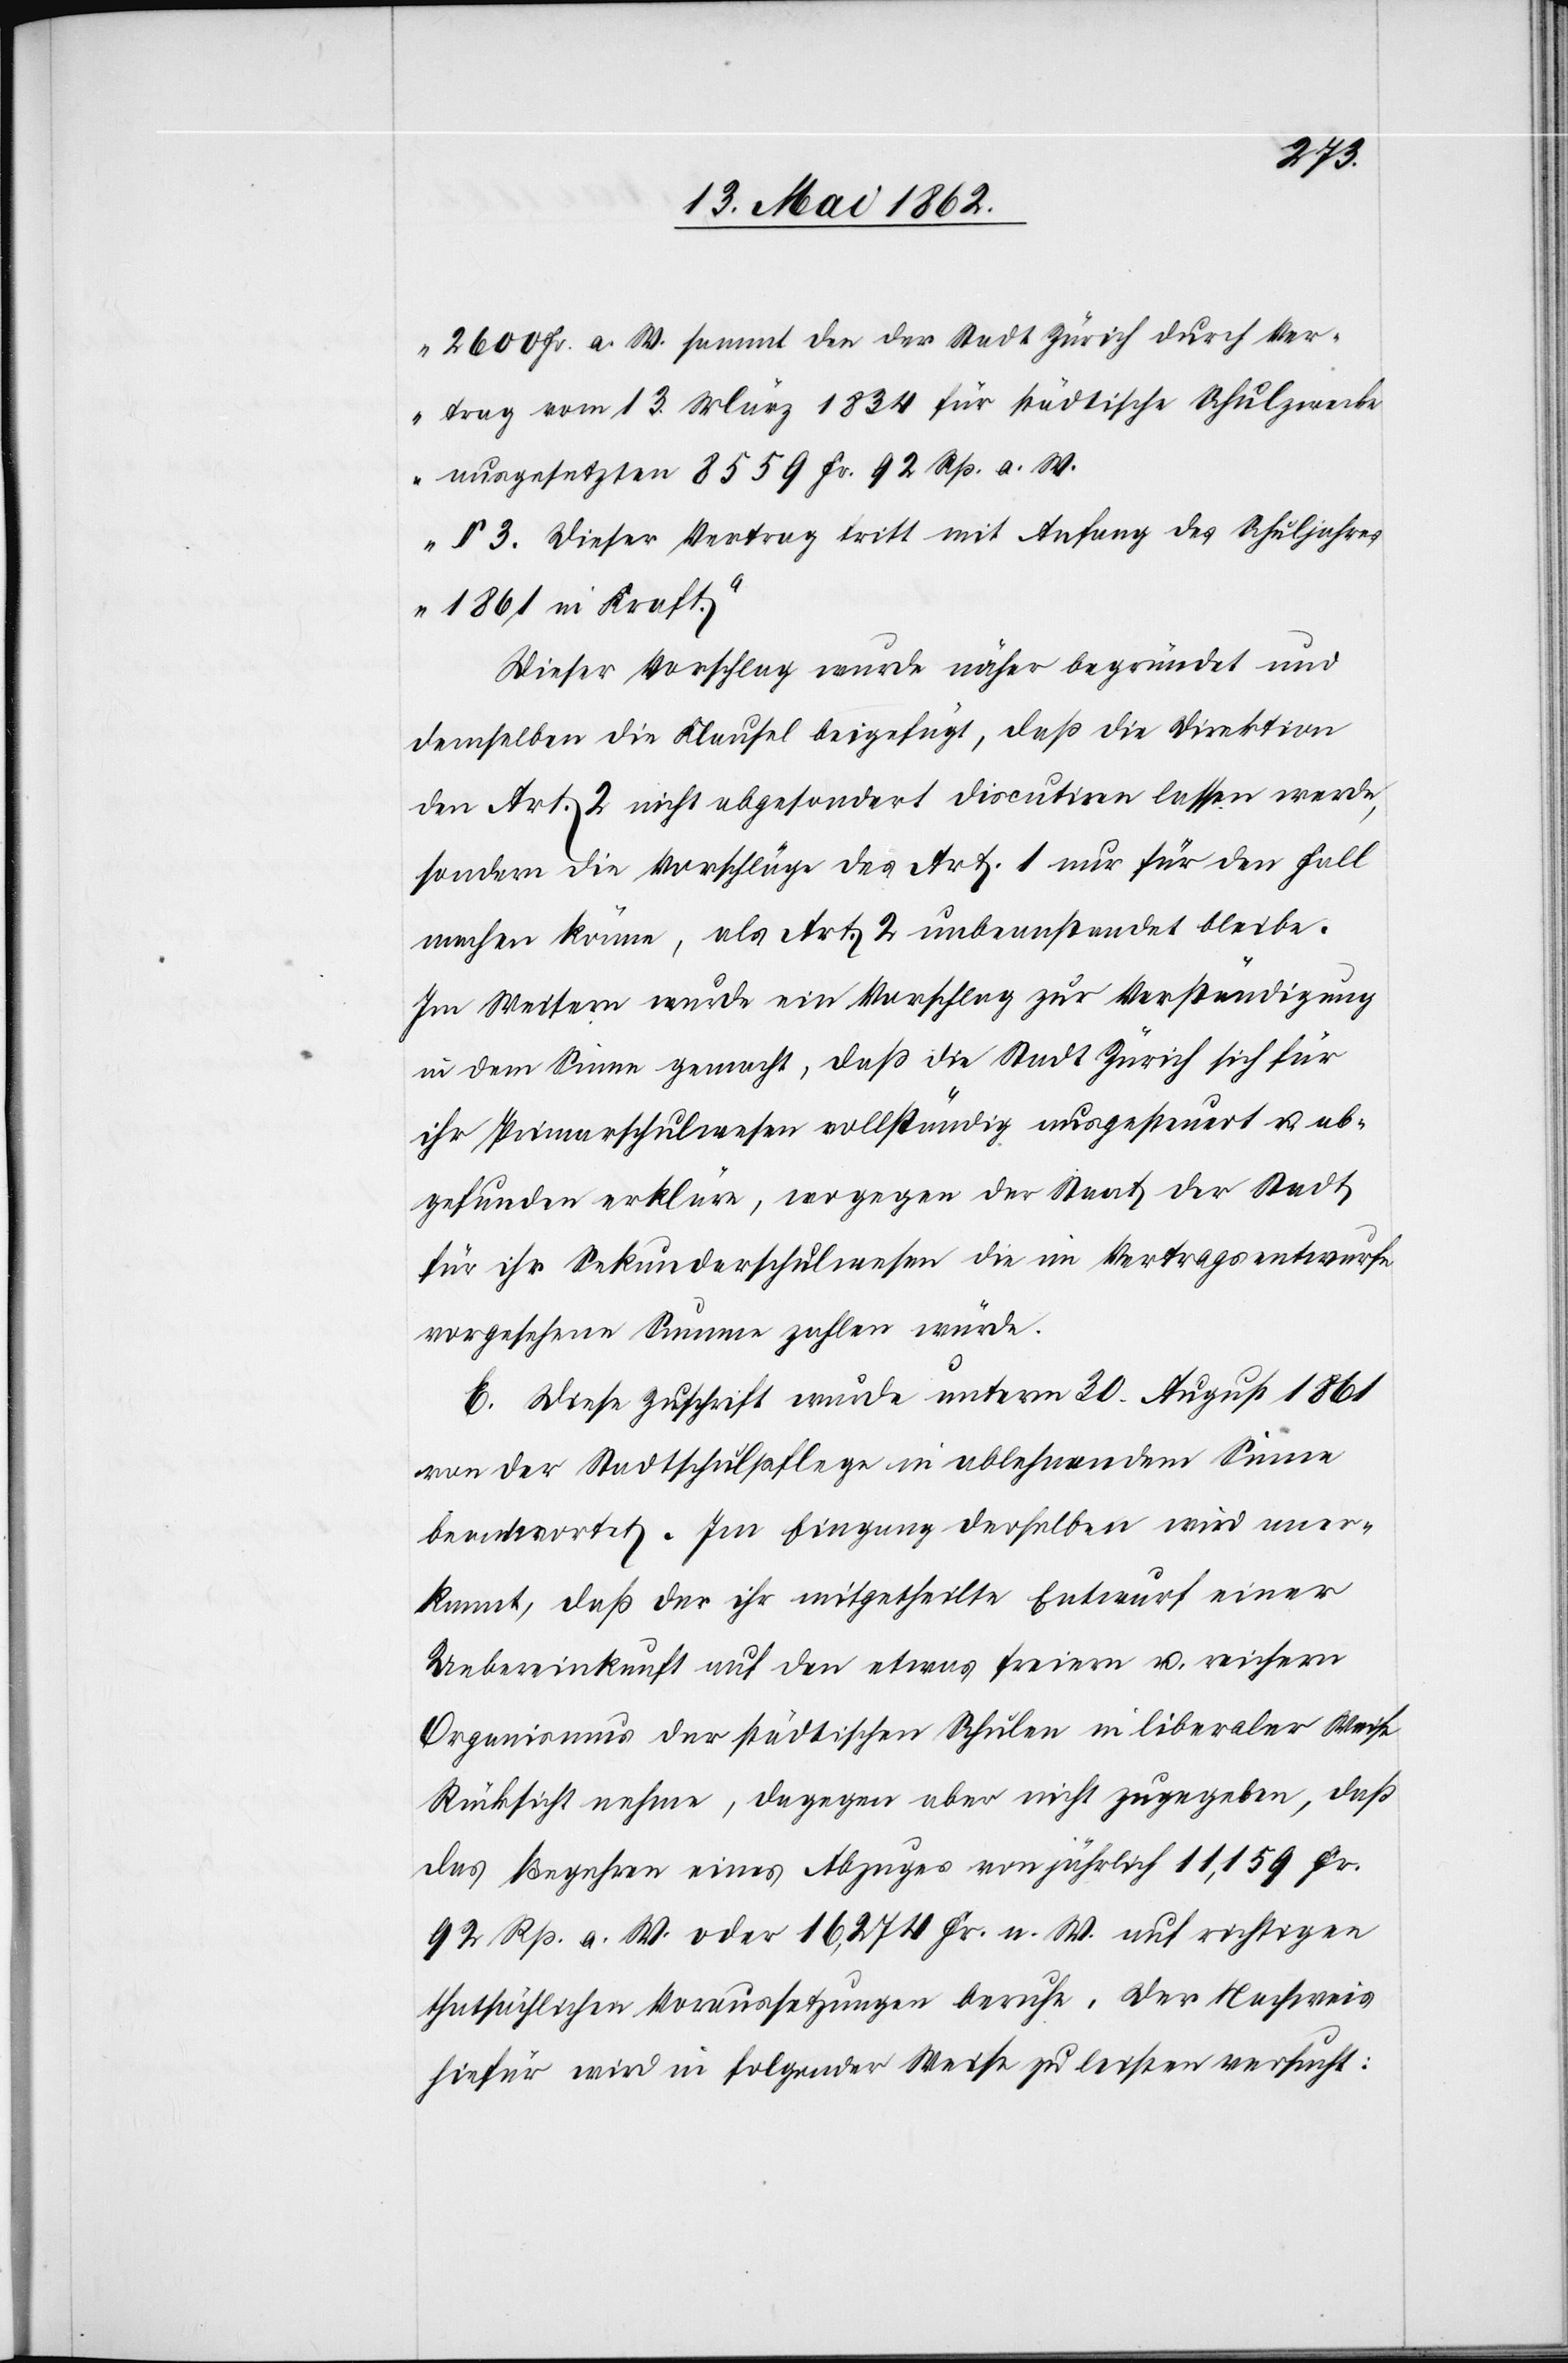
2600 Fr. a. w. sammt den der Stadt Zürich durch Ver¬
trag vom 13. März 1834 für städtische Schulzwecke
ausgesetzten 8559 Fr. 92 Rp. a. W.
§ 3. Dieser Vertrag tritt mit Anfang des Schuljahres
1861 in Kraft.“
Dieser Vorschlag wurde näher begründet und
demselben die Klausel beigefügt, daß die Direktion
den Art. 2 nicht abgesondert discutiren lassen werde,
sondern die Vorschläge des Art. 1. nur für den Fall
machen könne, als Art. 2 unbeanstandet bleibe.
Im Weitern wurde ein Vorschlag zur Verständigung
in dem Sinne gemacht, daß die Stadt Zürich sich für
ihr Primarschulwesen vollständig ausgesteuert u. ab¬
gefunden erkläre, wogegen der Staat der Stadt
für ihr Sekundarschulwesen die im Vertragsentwurfe
vorgesehene Summe zahlen würde.
E. Diese Zuschrift wurde unterm 30. August 1861
von der Stadtschulpflege in ablehnendem Sinne
beantwortet. Im Eingang derselben wird aner¬
kannt, daß der ihr mitgetheilte Entwurf einer
Uebereinkunft auf den etwas freiern u. reichern
Organismus der städtischen Schulen in liberaler Weise
Rücksicht nehme, dagegen aber nicht zugegeben, daß
das Begehren eines Abzuges von jährlich 11,159 Fr.
92 Rp. a. W. oder 16,274 Fr. n. W. auf richtigen
thatsächlichen Voraussetzungen beruhe. Der Nachweis
hiefür wird in folgender Weise zu leisten ersucht: